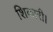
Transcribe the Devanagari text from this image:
शिकारी।